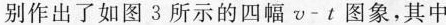
别作出了如图3所示的四幅v-t图象，其中